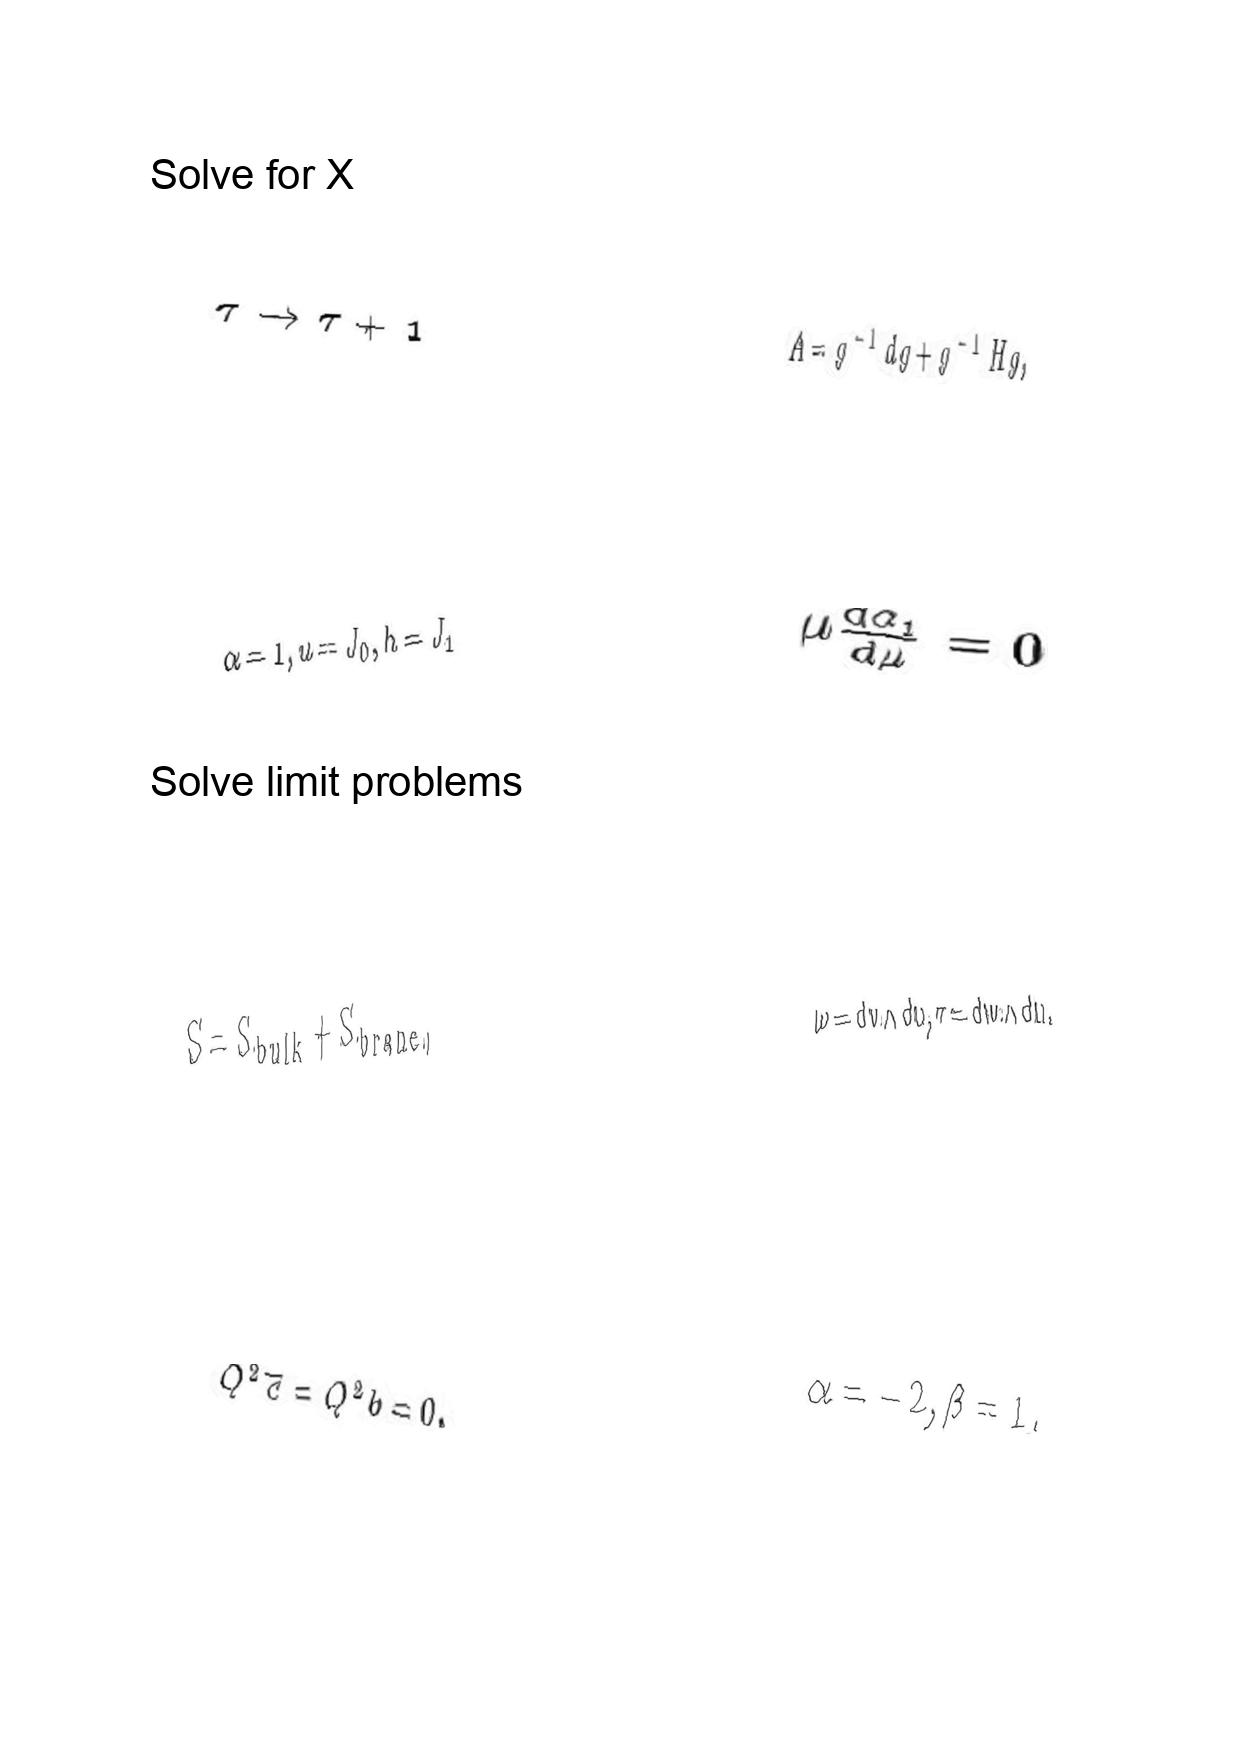
LaTeX transcription:
\tau \rightarrow \tau + 1
\alpha = 1 , u = J _ { 0 } , h = J _ { 1 }
S = S _ { b u l k } + S _ { b r a n e } ,
Q ^ { 2 } \overline { c } = Q ^ { 2 } b = 0 .
A = g ^ { - 1 } d g + g ^ { - 1 } H g ,
\mu \frac { d \alpha _ { 1 } } { d \mu } = 0
\omega = d v \wedge d u , \tau = d w \wedge d u .
\alpha = - 2 , \beta = 1 .